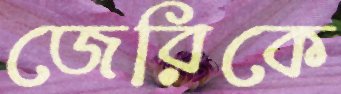
জেরিকে